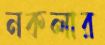
নকলার